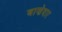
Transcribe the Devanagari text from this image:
बाणेदार